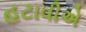
હટાવીએ